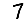
Digit: 7